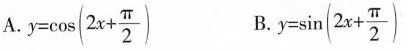
A.$$y = cos ( 2 x + \ frac { π } { 2}$$ B.$$y = sin ( 2 x + \frac{π} { 2 }$$